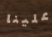
علينا